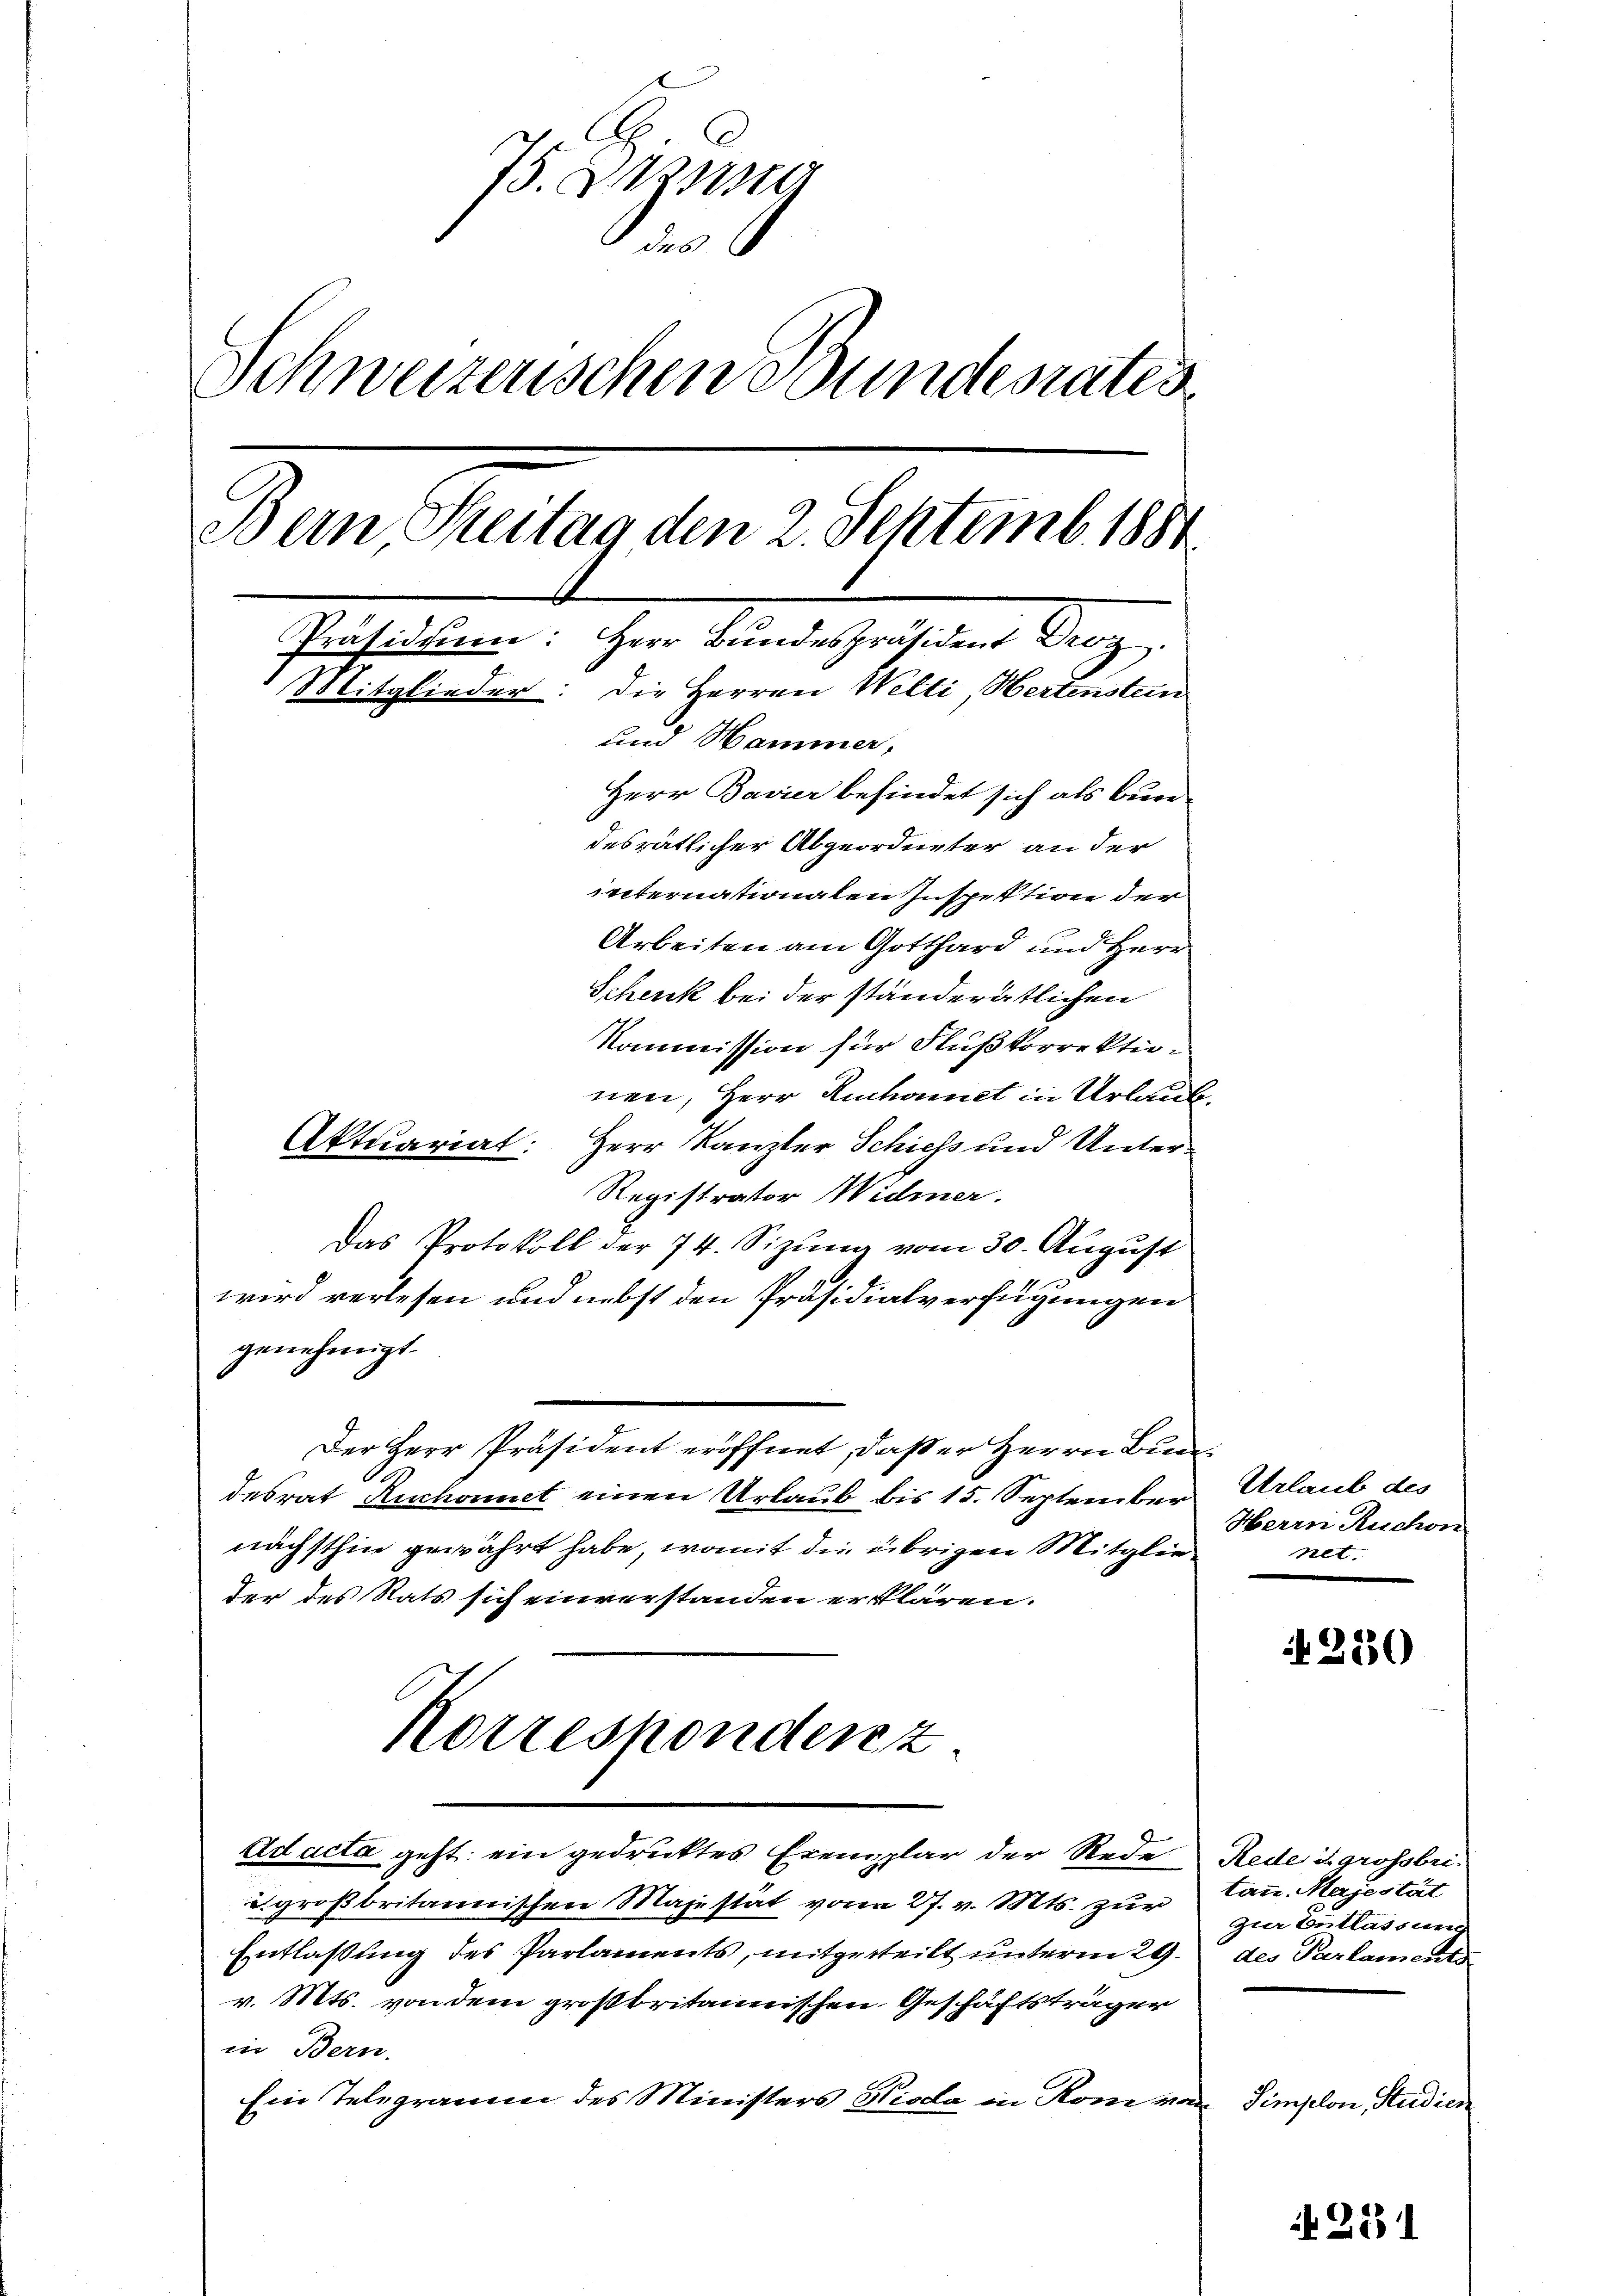
75. Demna
 6
Schweizerischen Bundesrates
Bein Treitag den 2. Septemb. 1881
Präsidium:
Her Kinderheißen Aug
Mitglieder: die Herren Welti, Hertenstein
und Hammer,
Herr Bavier befindet sich als bun-
desrätlicher Abgeordneter an der
internationaten Inspektion der
Arbeiten am Gotthard und Herr
Schenk bei der ständerätlichen

Kommission für Flußkorrektionen, Herr Ruchonet in Urlaub
Aktuariat: Herr Kanzler Schiess und Unter¬
Registrator Widmer.
Das Protokoll der 74. Sizŭng vom 30. August
wird verlesen und nebst den Präsidialverfügungen
genehmigt.
Der Herr Präsident eröffnet, daß er Herrn Bun
A
desrat Ruchonnet einen Urlaub bis 15. September
nächsthin gewährt habe, womit die übrigen Mitglie
der des Stats sich einverstanden erklären.
Korresponden z
Adacta geht ein gedrucktes Exemplar der Rede Rede d. grossbri¬
u. großbritannischen Majestät von 27. v. Mts. zur
Entlassung des Parlaments, mitgeteilt unterm 29. des Parlaments
v. Mts. von dem großbritannischen Geschäftsträger
in Bern.
Ein Telegramm des Ministers Hieda in Rom von

Urlaub des
Herrn Ruchon
net. |

N 220

tan. Majestät
zur Entlassner

Simplon, Studien

261